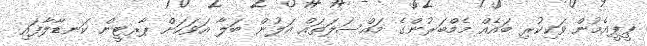
ޕީޕީއެމުން ވަކިކުރި ބައެއް މެމްބަރުންގެ މައްސަލަތައް އަލުން ބަލާ އަވަހަށް ޕާރޓީން ކަނޑާލާފައި